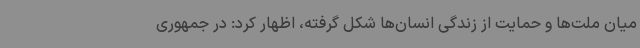
میان ملت‌ها و حمایت از زندگی انسان‌ها شکل گرفته، اظهار کرد: در جمهوری